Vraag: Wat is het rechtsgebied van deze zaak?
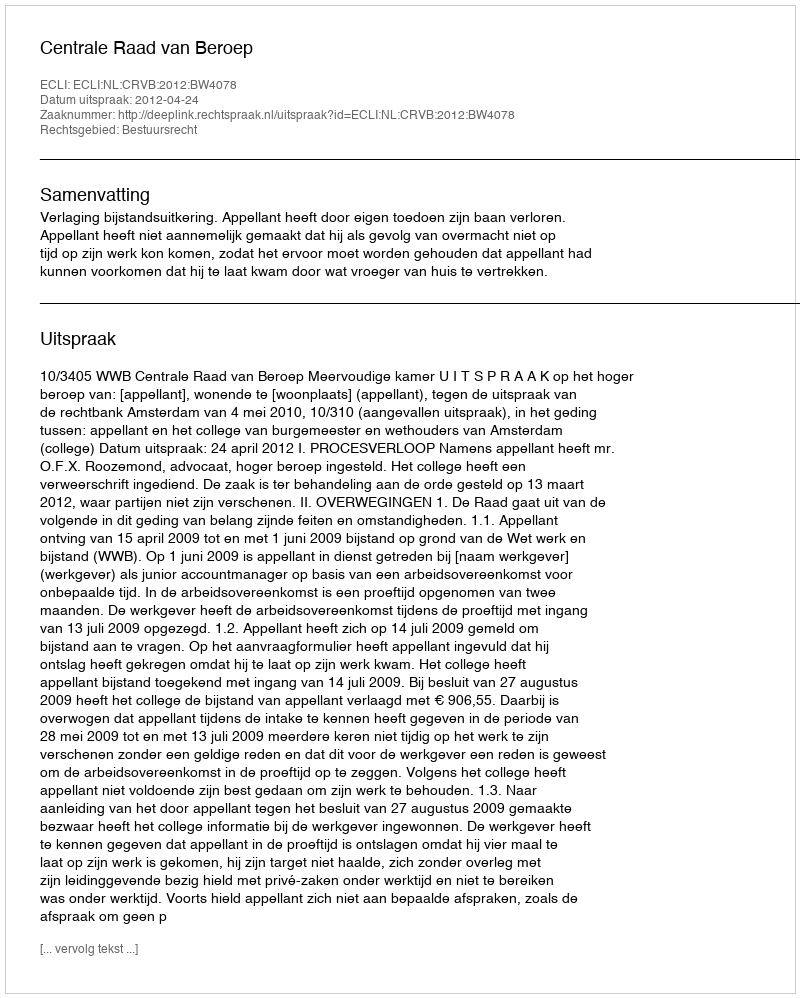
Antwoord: Bestuursrecht